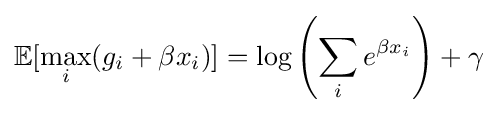
\mathbb {E} [\max _{i}(g_{i}+\beta x_{i})]=\log \left(\sum _{i}e^{\beta x_{i}}\right)+\gamma